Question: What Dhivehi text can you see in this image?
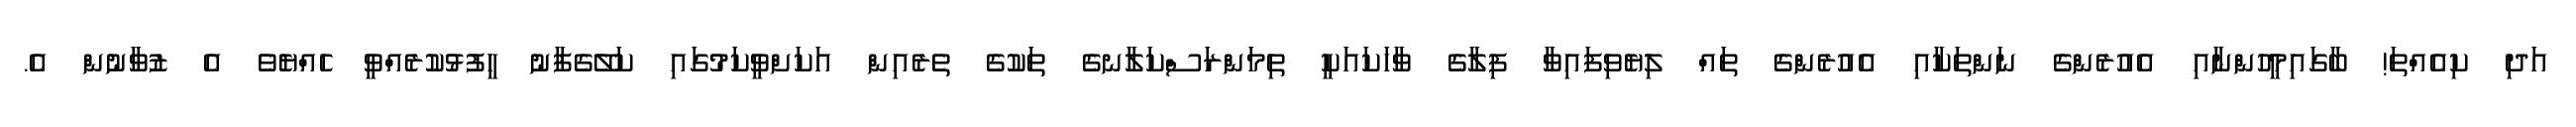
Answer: އަދި ކިއެއްތަ! ބާގައިމީހުންނާއި އެއުރެންގެ ނަންތަކާއި އެއުރެންގެ ތައް ލިޔެވިފައިވާ ފިލާގެ ވާހަކައަކީ ތިމަންރަސްކަލާނގެ ތަކުގެ ތެރެއިން އަކަށްވީކަމުގައި ކަލޭގެފާނު ހީފުޅުކުރެއްވީ ހެއްޔެވެ އެ ޒުވާނުން އެ.